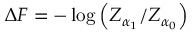
\begin{array} { r } { \Delta F = - \log \left( Z _ { \alpha _ { 1 } } / Z _ { \alpha _ { 0 } } \right) } \end{array}